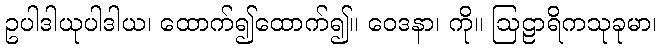
ဥပါဒါယုပါဒါယ၊ ထောက်၍ထောက်၍။ ဝေဒနာ၊ ကို။ ဩဠာရိကသုခုမာ၊